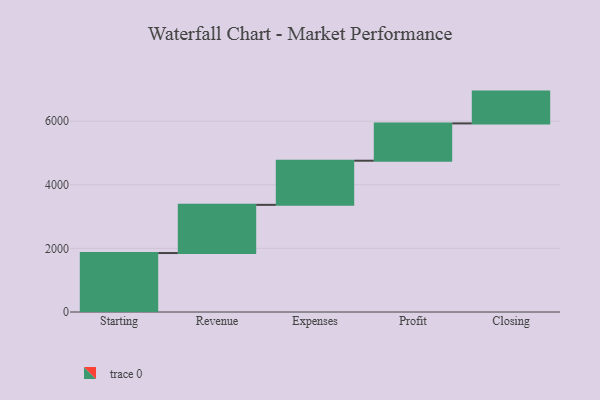
{"axis": {"x": "Step", "y": "Value"}, "legend": [""], "data": [{"x": "Starting", "y": 1854.0, "type": ""}, {"x": "Revenue", "y": 1515.0, "type": ""}, {"x": "Expenses", "y": 1388.0, "type": ""}, {"x": "Profit", "y": 1173.0, "type": ""}, {"x": "Closing", "y": 1000, "type": ""}]}